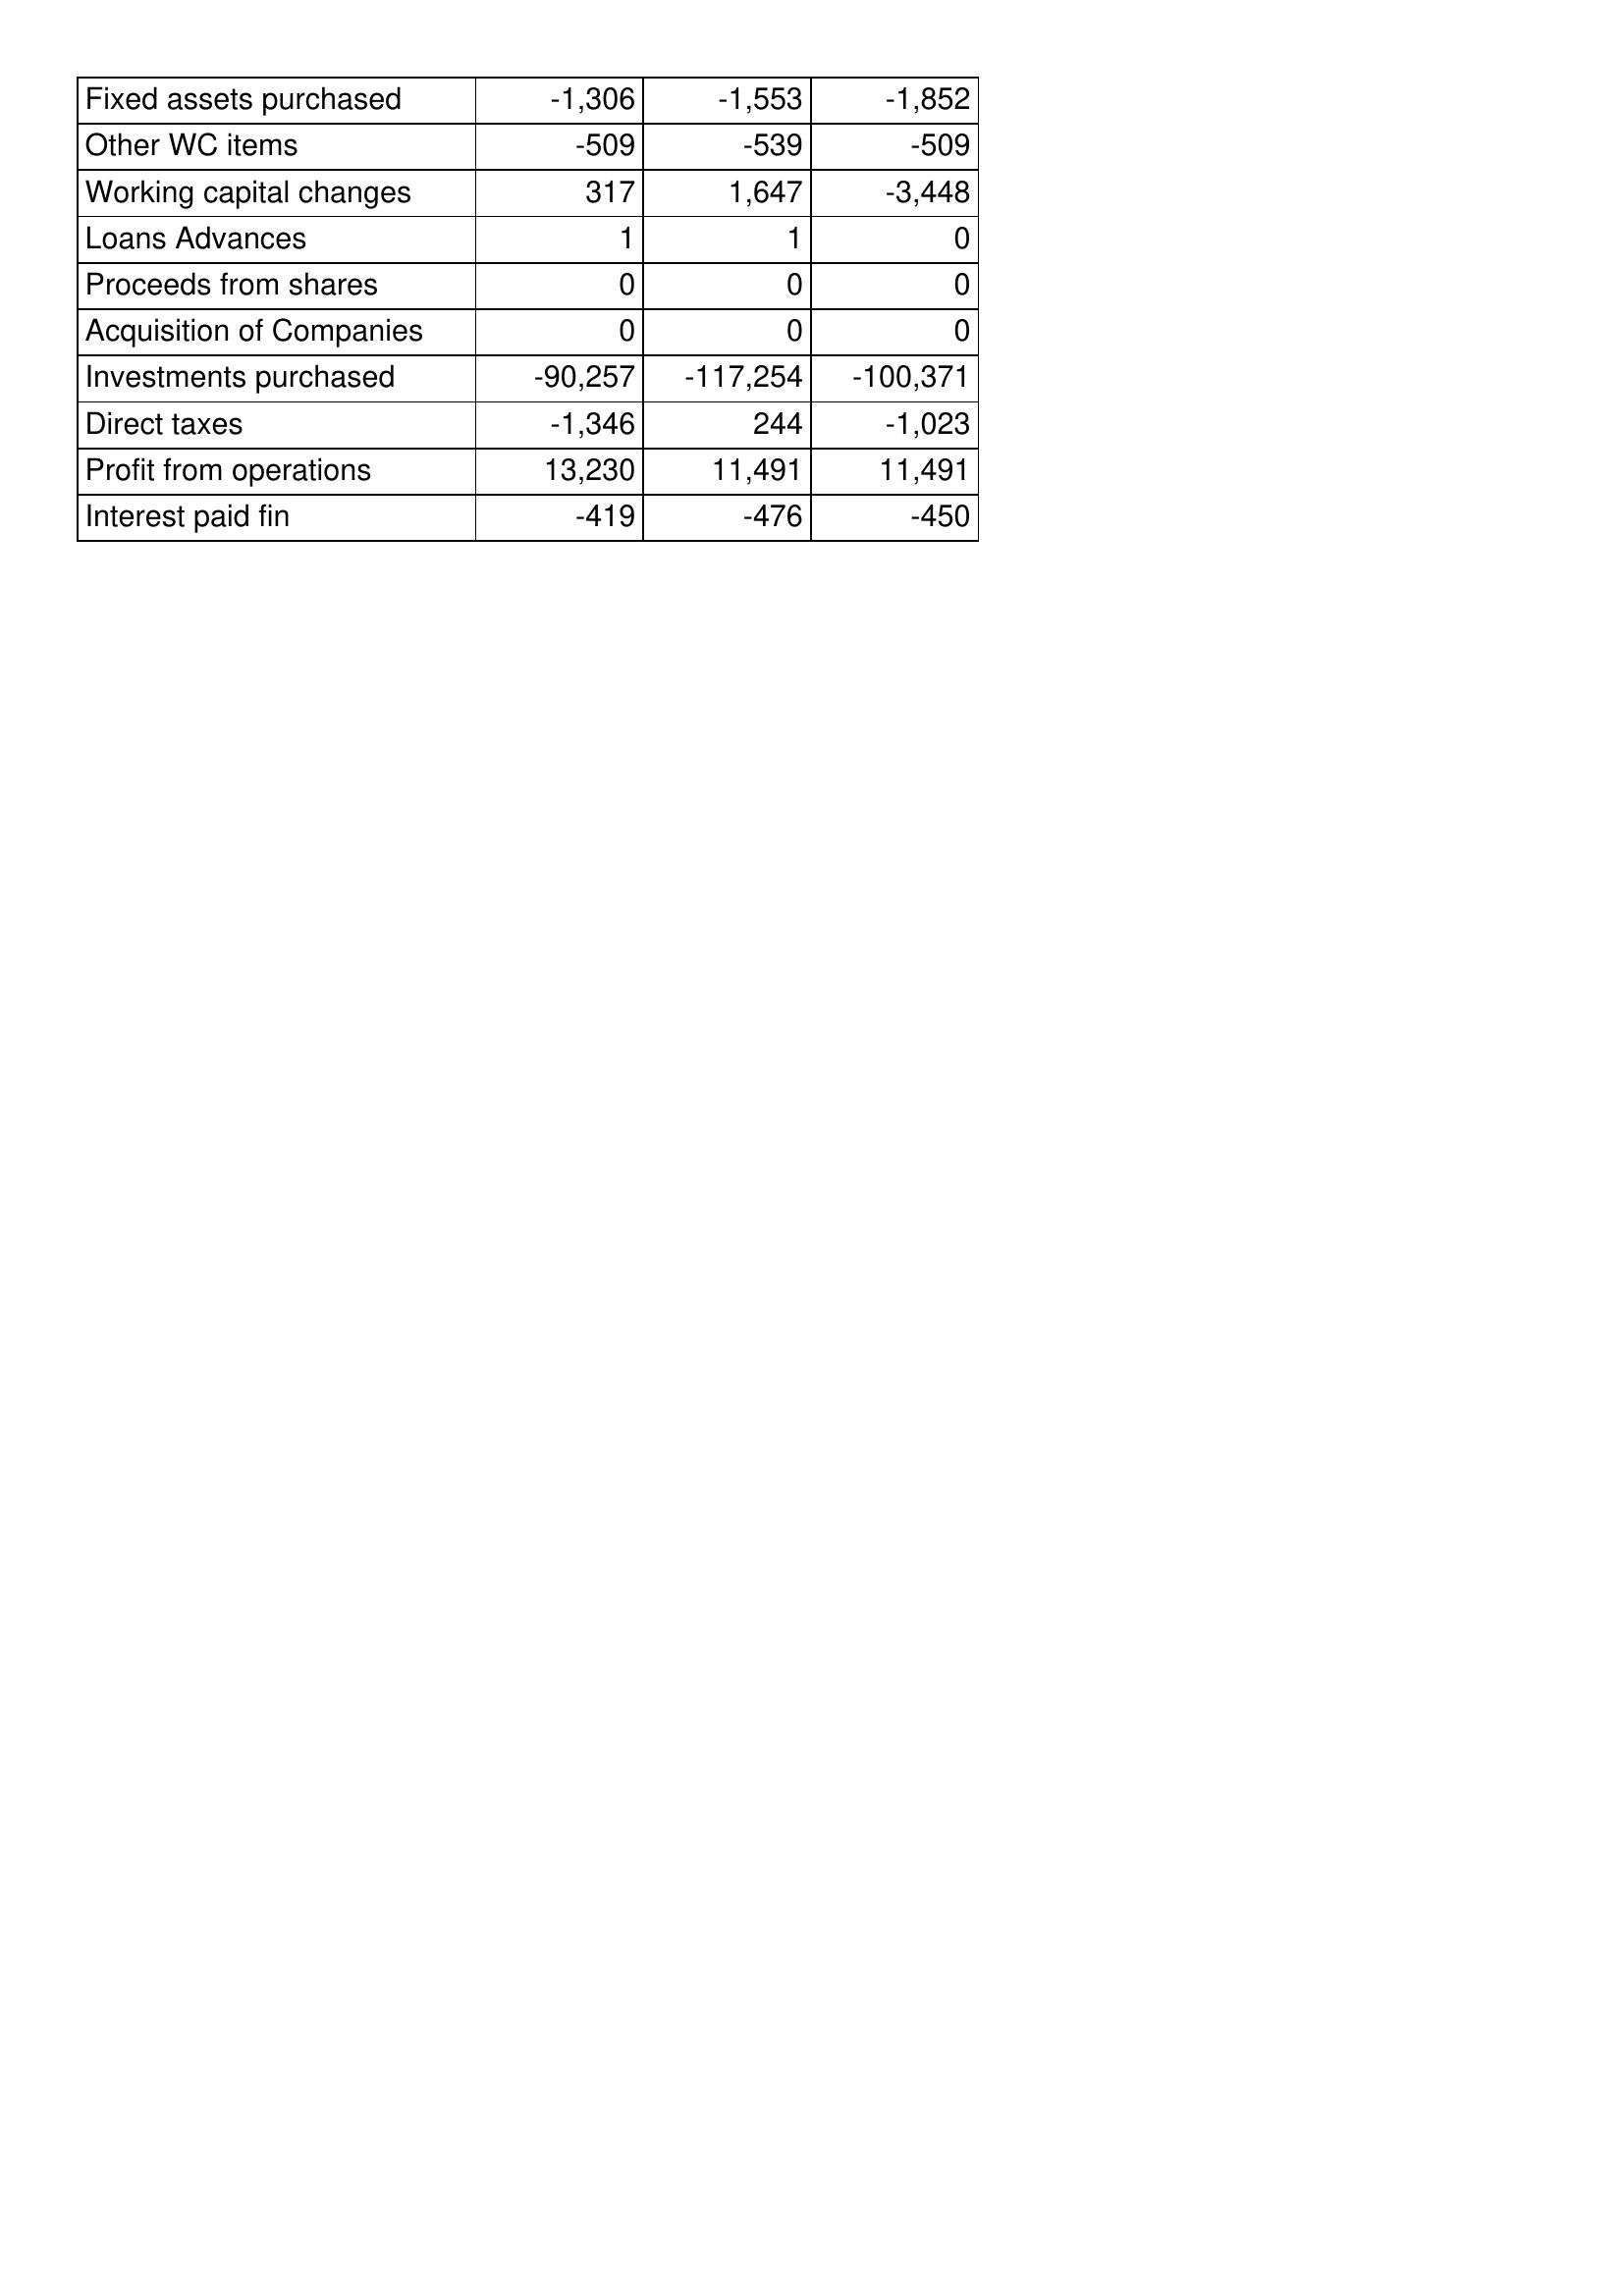
Jun-05: Cash Flows: Fixed assets purchased: -1,306
Other WC items: -509
Working capital changes: 317
Loans Advances: 1
Proceeds from shares: 0
Acquisition of Companies: 0
Investments purchased: -90,257
Direct taxes: -1,346
Profit from operations: 13,230
Interest paid fin: -419
Jun-06: Cash Flows: Fixed assets purchased: -1,553
Other WC items: -539
Working capital changes: 1,647
Loans Advances: 1
Proceeds from shares: 0
Acquisition of Companies: 0
Investments purchased: -117,254
Direct taxes: 244
Profit from operations: 11,491
Interest paid fin: -476
Jun-07: Cash Flows: Fixed assets purchased: -1,852
Other WC items: -509
Working capital changes: -3,448
Loans Advances: 0
Proceeds from shares: 0
Acquisition of Companies: 0
Investments purchased: -100,371
Direct taxes: -1,023
Profit from operations: 11,491
Interest paid fin: -450